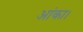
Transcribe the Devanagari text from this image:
आंका।